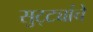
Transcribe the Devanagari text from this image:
सुट्ट्यांचे